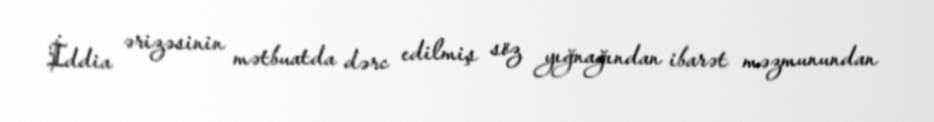
İddia ərizəsinin mətbuatda dərc edilmiş söz yığnağından ibarət məzmunundan